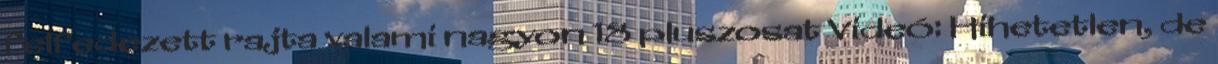
felfedezett rajta valami nagyon 18 pluszosat Videó: Hihetetlen, de